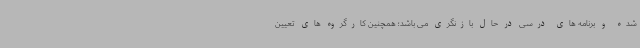
شده و برنامه های درسی در حال بازنگری می باشد؛ همچنین کارگروه های تعیین